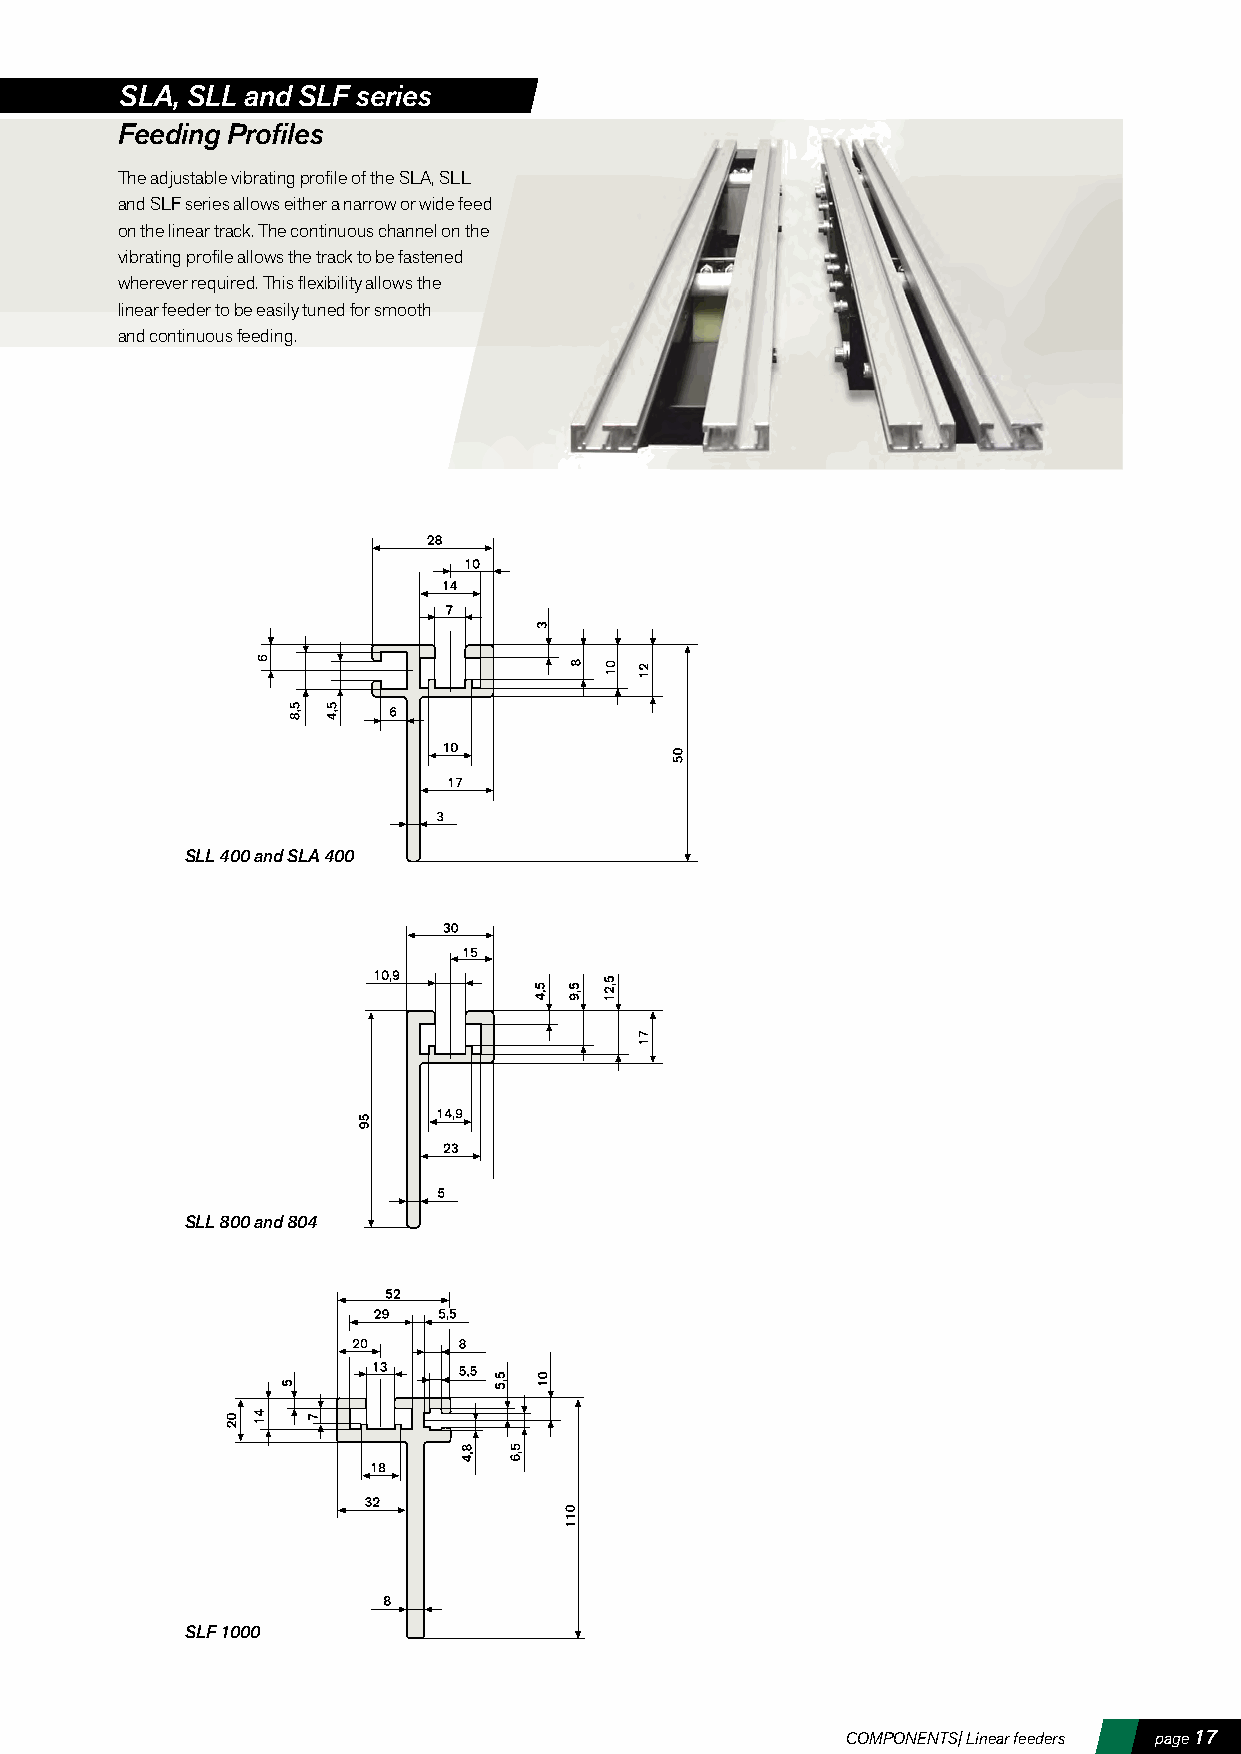
SLA, SLL and SLF series
 Feeding Profiles
 The adjustable vibrating profile of the SLA, SLL
 and SLF series allows either a narrow or wide feed
 on the linear track. The continuous channel on the
 vibrating profile allows the track to be fastened
 wherever required. This flexibility allows the
 linear feeder to be easily tuned for smooth
 and continuous feeding.
 SLL 400 and SLA 400
 SLL 800 and 804
 SLF 1000
 COMPONENTS| Linear feeders page 17